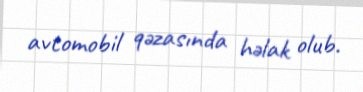
avtomobil qəzasında həlak olub.